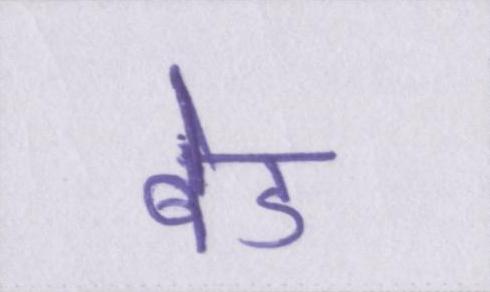
बेड